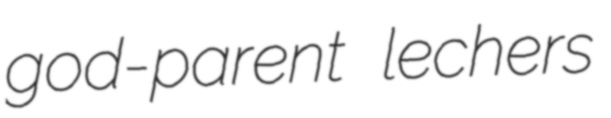
god-parent lechers